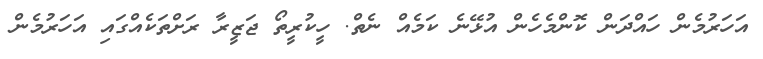
އަހަރުމެން ހައްދަން ކޮންމެހެން އުޅޭނެ ކަމެއް ނެތް. ހީކުރީތޯ ޖަޒީރާ ރަށްތަކެއްގައި އަހަރުމެން